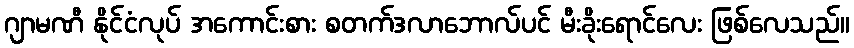
ဂျာမဏီ နိုင်ငံလုပ် အကောင်းစား စတက်ဒလာဘောလ်ပင် မီးခိုးရောင်လေး ဖြစ်လေသည်။